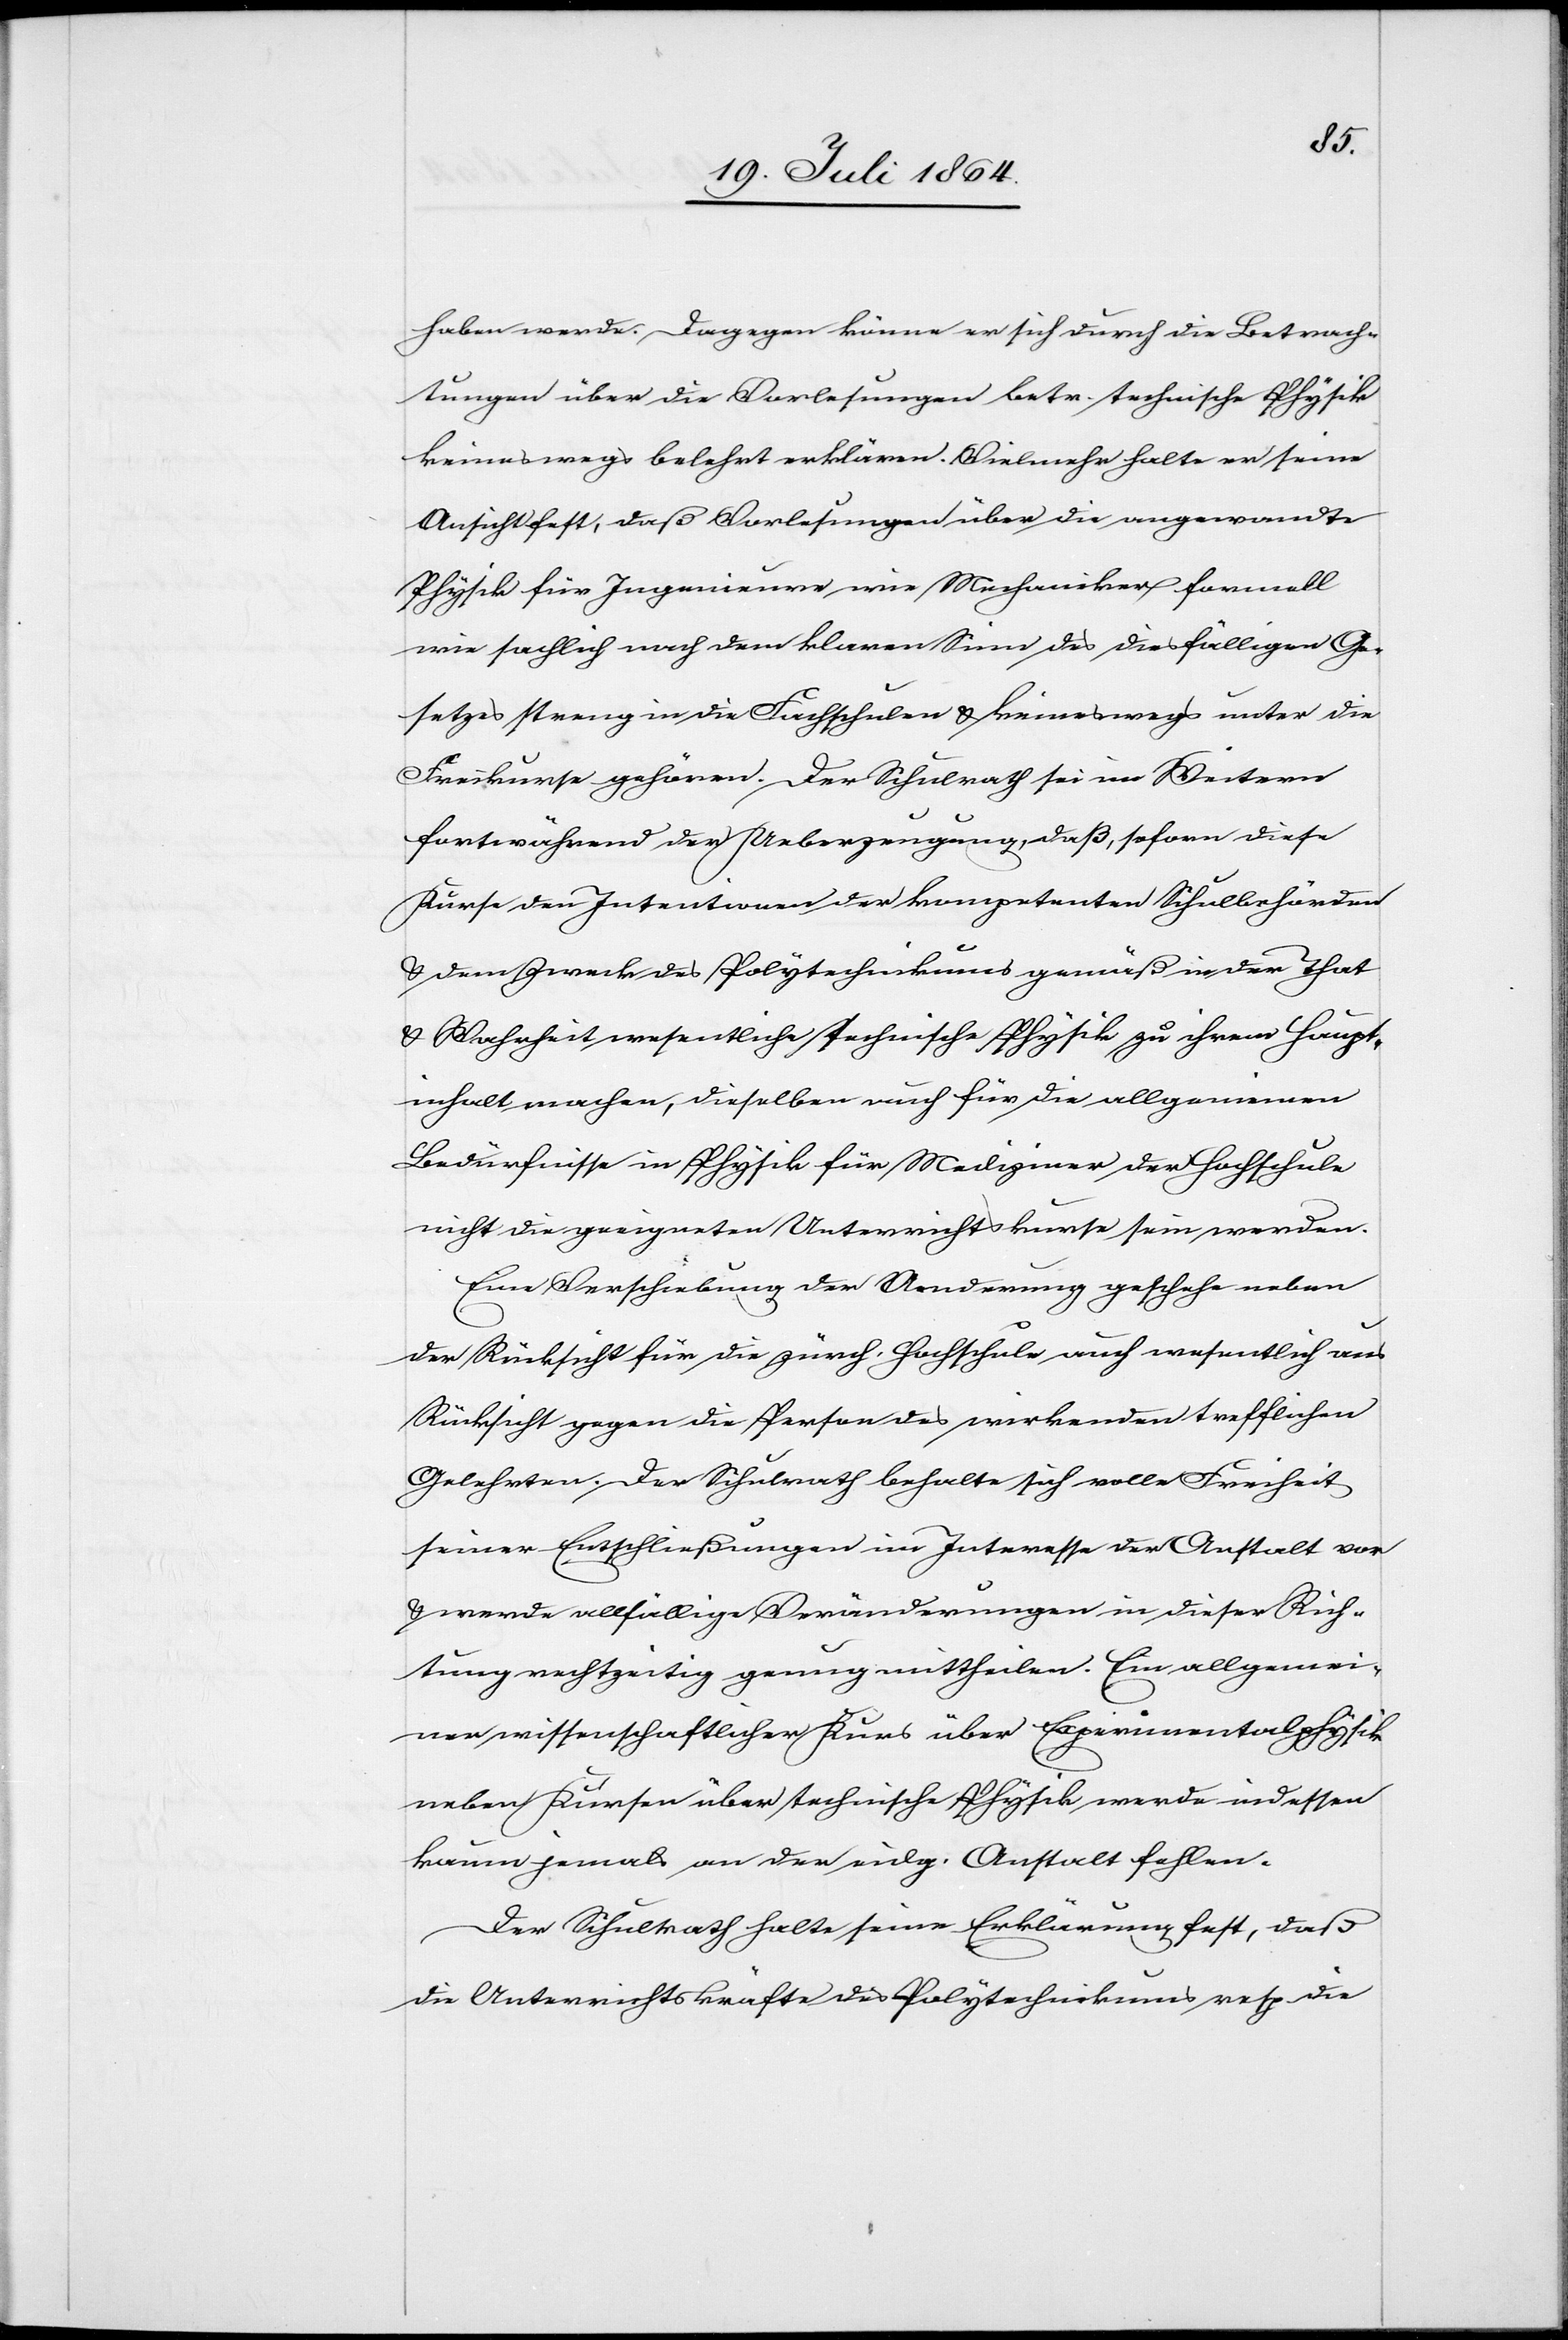
haben werde. Dagegen könne er sich durch die Betrach¬
tungen über die Vorlesungen betr. technische Physik
keineswegs belehrt erklären. Vielmehr halte er seine
Ansicht fest, daß Vorlesungen über die angeraumte
Physik für Ingenieure wie Mechaniker formell
wie sachlich nach dem klaren Sinne des diesfälligen Ge¬
setzes streng in die Fachschulen u. keineswegs unter die
Freikurse gehören. Der Schulrath sei im Weitern
fortwährend der Ueberzeugung, daß, sofern diese
Kurse den Intentionen der kompetenten Schulbehörden
u. dem Zweck des Polytechnikums gemäß in der That
u. Wahrheit wesentliche technische Physik zu ihrem Haupt¬
inhalt machen, dieselben auch für die allgemeinen
Bedürfnisse in Physik für Mediziner der Hochschule
nicht die geeigneten Unterrichtskurse sein werden.
Eine Verschiebung der Aenderung geschehe neben
der Rücksicht für die zürch. Hochschule auch wesentlich aus
Rücksicht gegen die Person des wirkenden trefflichen
Gelehrten. Der Schulrath behalte sich volle Freiheit
seiner Entschließungen im Interesse der Anstalt vor
u. werde allfällige Veränderungen in dieser Rich¬
tung rechtzeitig genug mittheilen. Ein allgemei¬
ner wissenschaftlicher Kurs über Experimentalphysik
neben Kursen über technische Physik werde indessen
kaum jemals an der eidg. Anstalt fehlen.
Der Schulrath halte seine Erklärung fest, daß
die Unterrichtskräfte des Polytechnikums resp die